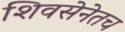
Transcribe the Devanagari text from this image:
शिवसेनेतच